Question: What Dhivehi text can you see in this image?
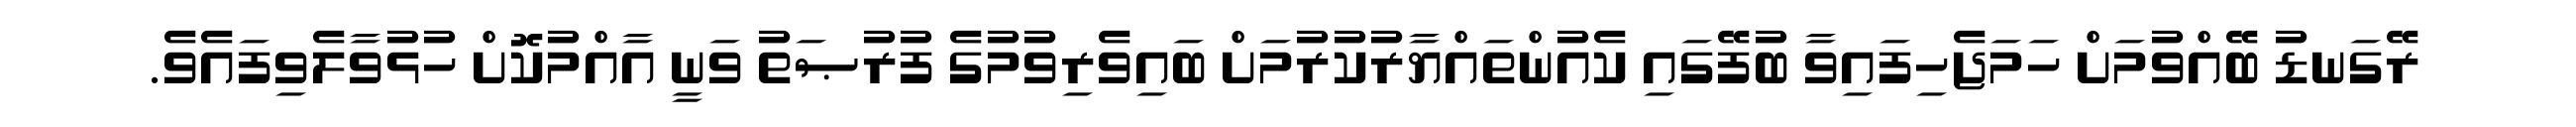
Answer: ރޭގަނޑު ބޭއްވުމަށް ހަމަޖެހިފައިވާ ބުފޭގައި ކެއުންތައްޔާރުކުރުމަށް ބައިވެރިވުމުގެ ފުރުޞަތު ވަނީ އާއްމުކޮށް ހުޅުވާލެވިފައެވެ.